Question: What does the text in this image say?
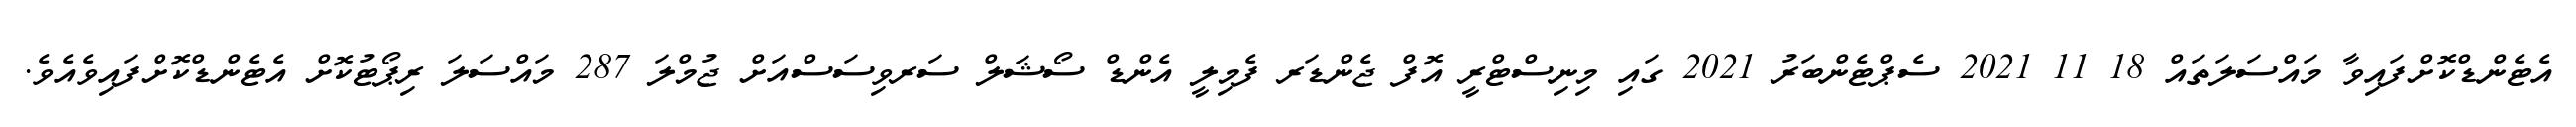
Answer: އެޓެންޑްކޮށްފައިވާ މައްސަލަތައް 18 11 2021 ސެޕްޓެންބަރު 2021 ގައި މިނިސްޓްރީ އޮފް ޖެންޑަރ ފެމިލީ އެންޑް ސޯޝަލް ސަރވިސަސްއަށް ޖުމްލަ 287 މައްސަލަ ރިޕޯޓުކޮށް އެޓެންޑްކޮށްފައިވެއެވެ.